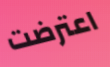
اعترضت